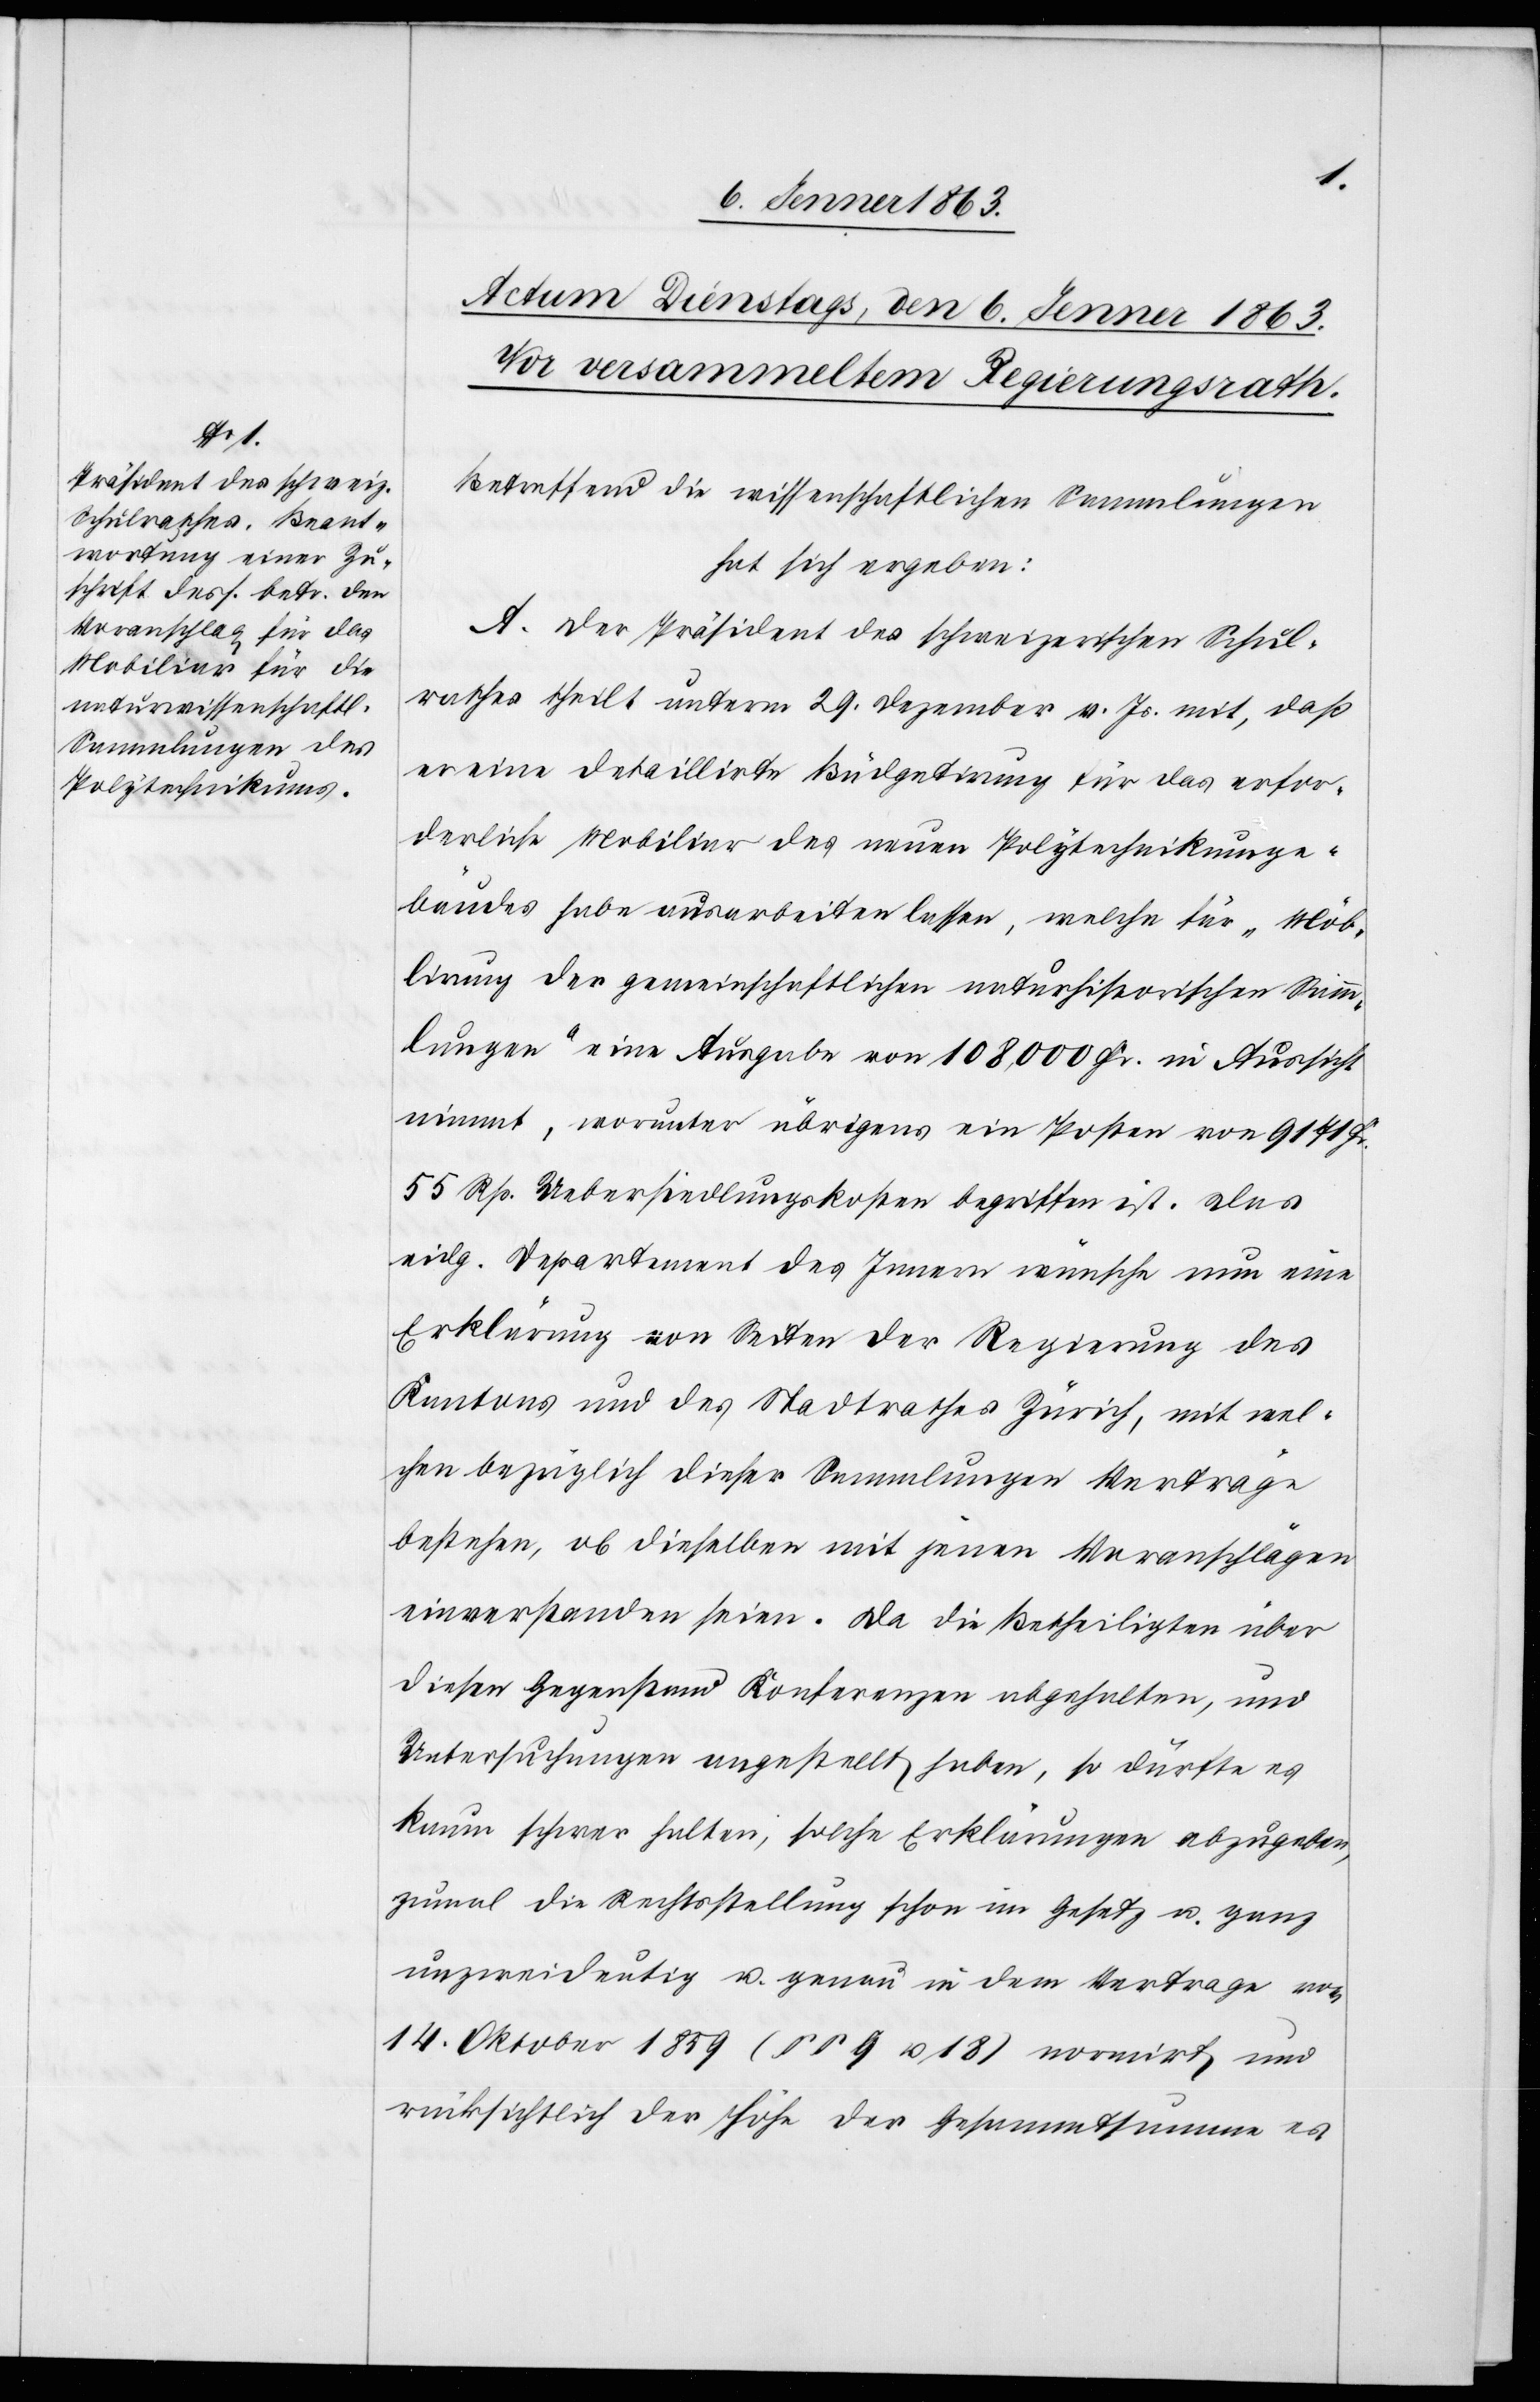
Betreffend die wissenschaftlichen Sammlungen
hat sich ergeben
A. Der Präsident des schweizerischen Schul¬
rathes theilt unterm 29. Dezember v. Js. mit, daß
er eine detaillirte Büdgetirung für das erfor¬
derliche Mobiliar des neuen Polytechnikumge¬
bäudes habe ausarbeiten lassen, welche für „Möb¬
lirung der gemeinschaftlichen naturhistorischen Samm¬
lungen“ eine Ausgabe von 108,000 Fr. in Aussicht
nimmt, worunter übrigens ein Posten von 9141 Fr.
55 Rp. Uebersiedlungskosten begriffen ist. Das
eidg. Departement des Innern wünsche nun eine
Erklärung von Seiten der Regierung des
Kantons und des Stadtrathes Zürich, mit wel¬
chen bezüglich dieser Sammlungen Verträge
bestehen, ob dieselben mit jenen Voranschlägen
einverstanden seien. Da die Betheiligten über
diesen Gegenstand Konferenzen abgehalten, und
Untersuchungen angestellt haben, so dürfte es
kaum schwer halten, solche Erklärungen abzugeben,
zumal die Rechtsstellung schon im Gesetz u. ganz
unzweideutig u. genau in dem Vertrage vom
14. Oktober 1859 (§§ 9 u. 18) normirt, und
rücksichtlich der Höhe der Gesammtsumme es